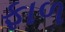
ફાળ